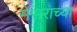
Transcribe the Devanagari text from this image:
मेसराच्या